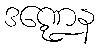
ဒဏ္ဍေန